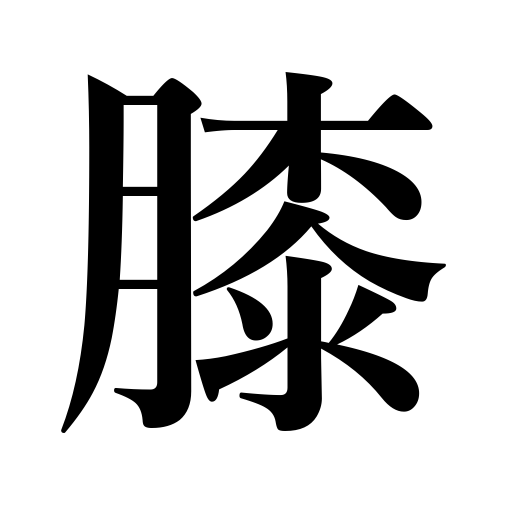
Meanings: knee,lap